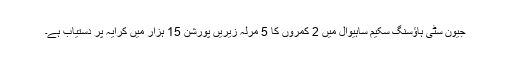
جیون سٹی ہاؤسنگ سکیم ساہیوال میں 2 کمروں کا 5 مرلہ زیریں پورشن 15 ہزار میں کرایہ پر دستیاب ہے۔